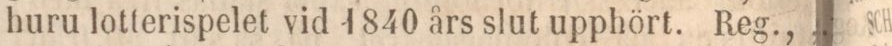
huru lotterispelet vid 1840 års slut upphört. Reg.,